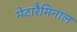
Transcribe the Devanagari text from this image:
मेटारैमिनाल